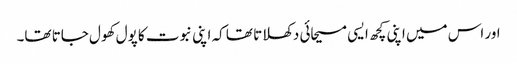
اور اس میں اپنی کچھ ایسی مسیحائی دکھلاتا تھا کہ اپنی نبوت کا پول کھول جاتا تھا۔